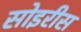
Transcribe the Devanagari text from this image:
सोइरीस